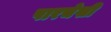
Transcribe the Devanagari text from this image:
पारचेसी